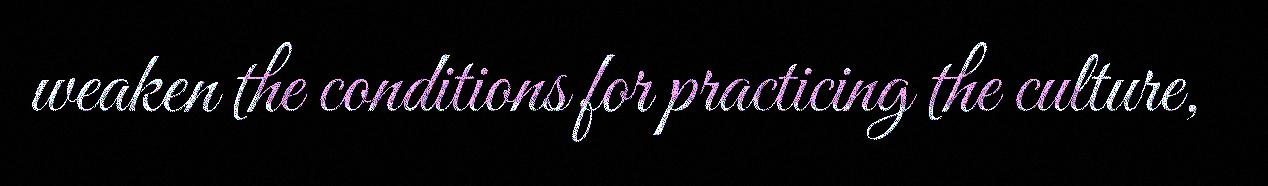
weaken the conditions for practicing the culture,